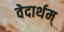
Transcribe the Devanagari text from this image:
वेदार्थम्